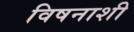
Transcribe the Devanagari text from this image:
विषनाशी